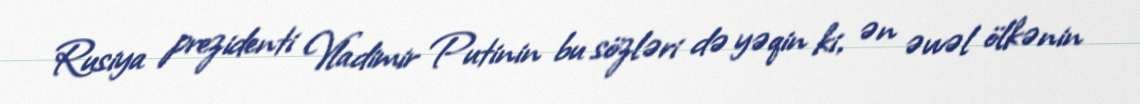
Rusiya prezidenti Vladimir Putinin bu sözləri də yəqin ki, ən əvvəl ölkənin